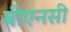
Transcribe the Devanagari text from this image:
बीएनसी